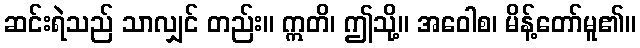
ဆင်းရဲသည် သာလျှင် တည်း။ ဣတိ၊ ဤသို့။ အဝေါစ၊ မိန့်တော်မူ၏။